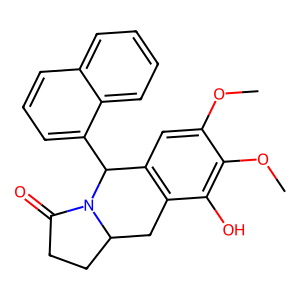
SMILES: COc1cc2c(c(O)c1OC)CC1CCC(=O)N1C2c1cccc2ccccc12
Inhibits HIV replication: No